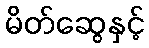
မိတ်ဆွေနှင့်